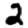
Digit: 2